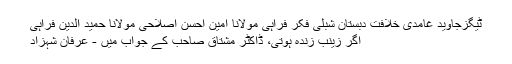
ٹیگزجاوید غامدی خلافت دبستان شبلی فکر فراہی مولانا امین احسن اصلاحی مولانا حمید الدین فراہی
اگر زینب زندہ ہوتی، ڈاکٹر مشتاق صاحب کے جواب میں - عرفان شہزاد